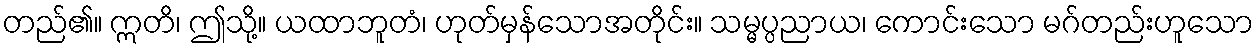
တည်၏။ ဣတိ၊ ဤသို့။ ယထာဘူတံ၊ ဟုတ်မှန်သောအတိုင်း။ သမ္မပ္ပညာယ၊ ကောင်းသော မဂ်တည်းဟူသော